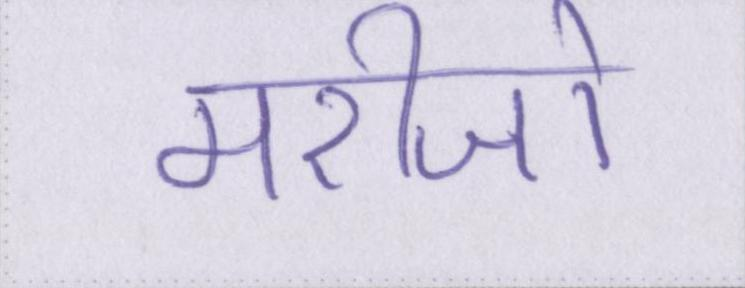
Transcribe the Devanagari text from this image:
मरीजो